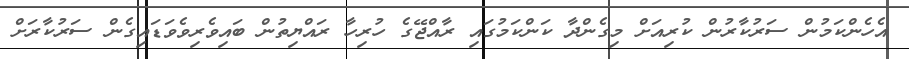
އެހެންކަމުން ސަރުކާރުން ކުރިއަށް މިގެންދާ ކަންކަމުގައި ރާއްޖޭގެ ހުރިހާ ރައްޔިތުން ބައިވެރިވެވަޑައިގެން ސަރުކާރަށް